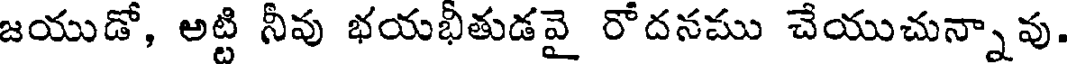
జయుడో, అట్టి నీవు భయభితుడవై రోదనము చేయుచున్నావు.